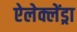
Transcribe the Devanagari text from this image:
ऐलेक्लेंड्रा